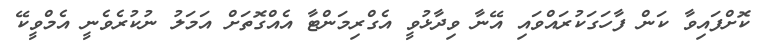
ކޮށްފައިވާ ކަން ފާހަގަކުރައްވައި އޭނާ ވިދާޅުވީ އެގްރިމަންޓާ އެއްގޮތަށް އަމަލު ނުކުރެވެނީ އެމްވީކޭ